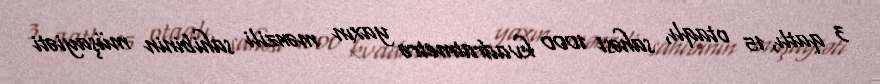
3 qatlı, 15 otaqlı, sahəsi 1000 kvadratmetrə yaxın mənzili sahibinin müşayiəti